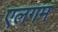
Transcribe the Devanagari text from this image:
एलगम